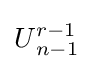
U{}_{n-1}^{r-1}